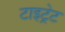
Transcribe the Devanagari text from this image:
टाइट्रेट